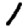
Digit: 1